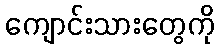
ကျောင်းသားတွေကို